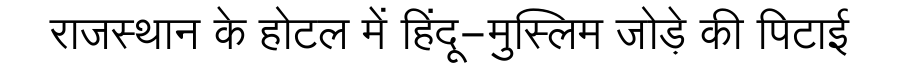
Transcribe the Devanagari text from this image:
राजस्थान के होटल में हिंदू-मुस्लिम जोड़े की पिटाई